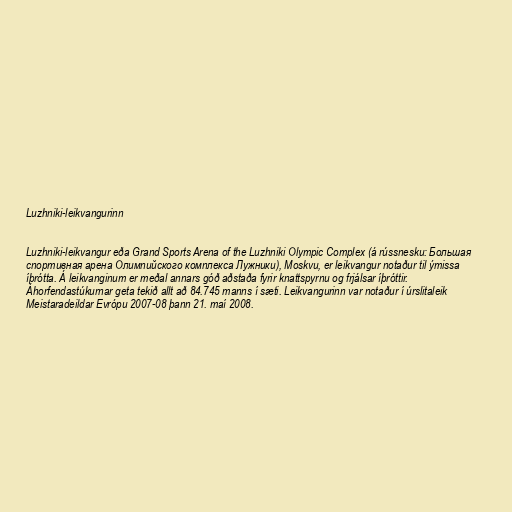
Luzhniki-leikvangurinn

Luzhniki-leikvangur eða Grand Sports Arena of the Luzhniki Olympic Complex (á rússnesku: Большая
спортивная арена Олимпийского комплекса Лужники), Moskvu, er leikvangur notaður til ýmissa
íþrótta. Á leikvanginum er meðal annars góð aðstaða fyrir knattspyrnu og frjálsar íþróttir.
Áhorfendastúkurnar geta tekið allt að 84.745 manns í sæti. Leikvangurinn var notaður í úrslitaleik
Meistaradeildar Evrópu 2007-08 þann 21. maí 2008.